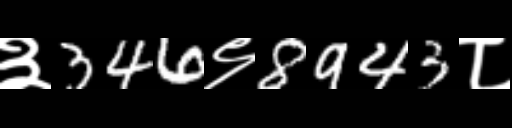
Text: ३346९8943८